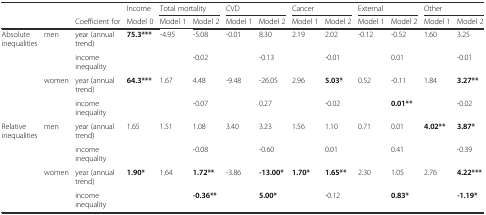
|  |  |  | Income | <COLSPAN=2> Total mortality | <COLSPAN=2> CVD | <COLSPAN=2> Cancer | <COLSPAN=2> External | <COLSPAN=2> Other |
 |  |  | Coefficient for | Model 0 | Model 1 | Model 2 | Model 1 | Model 2 | Model 1 | Model 2 | Model 1 | Model 2 | Model 1 | Model 2 |
 | --- | --- | --- | --- | --- | --- | --- | --- | --- | --- | --- | --- | --- | --- |
 | Absolute inequalities | men | year (annual trend) | 75.3*** | -4.95 | -5.08 | -0.01 | 8.30 | 2.19 | 2.02 | -0.12 | -0.52 | 1.60 | 3.25 |
 |  |  | income inequality |  |  | -0.02 |  | -0.13 |  | -0.01 |  | 0.01 |  | -0.01 |
 |  | women | year (annual trend) | 64.3*** | 1.67 | 4.48 | -9.48 | -26.05 | 2.96 | 5.03* | 0.52 | -0.11 | 1.84 | 3.27** |
 |  |  | income inequality |  |  | -0.07 |  | 0.27 |  | -0.02 |  | 0.01** |  | -0.02 |
 | Relative inequalities | men | year (annual trend) | 1.65 | 1.51 | 1.08 | 3.40 | 3.23 | 1.56 | 1.10 | 0.71 | 0.01 | 4.02** | 3.87* |
 |  |  | income inequality |  |  | -0.08 |  | -0.60 |  | 0.01 |  | 0.41 |  | -0.39 |
 |  | women | year (annual trend) | 1.90* | 1.64 | 1.72** | -3.86 | -13.00* | 1.70* | 1.65** | 2.30 | 1.05 | 2.76 | 4.22*** |
 |  |  | income inequality |  |  | -0.36** |  | 5.00* |  | -0.12 |  | 0.83* |  | -1.19* |